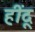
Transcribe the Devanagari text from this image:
हींदू